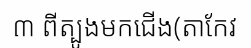
៣ ពីត្បូងមកជើង(តាកែវ